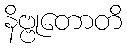
နိဗ္ဗုတောတိ